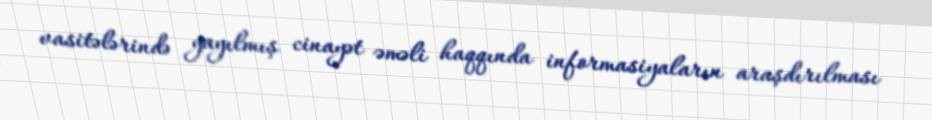
vasitələrində yayılmış cinayət əməli haqqında informasiyaların araşdırılması